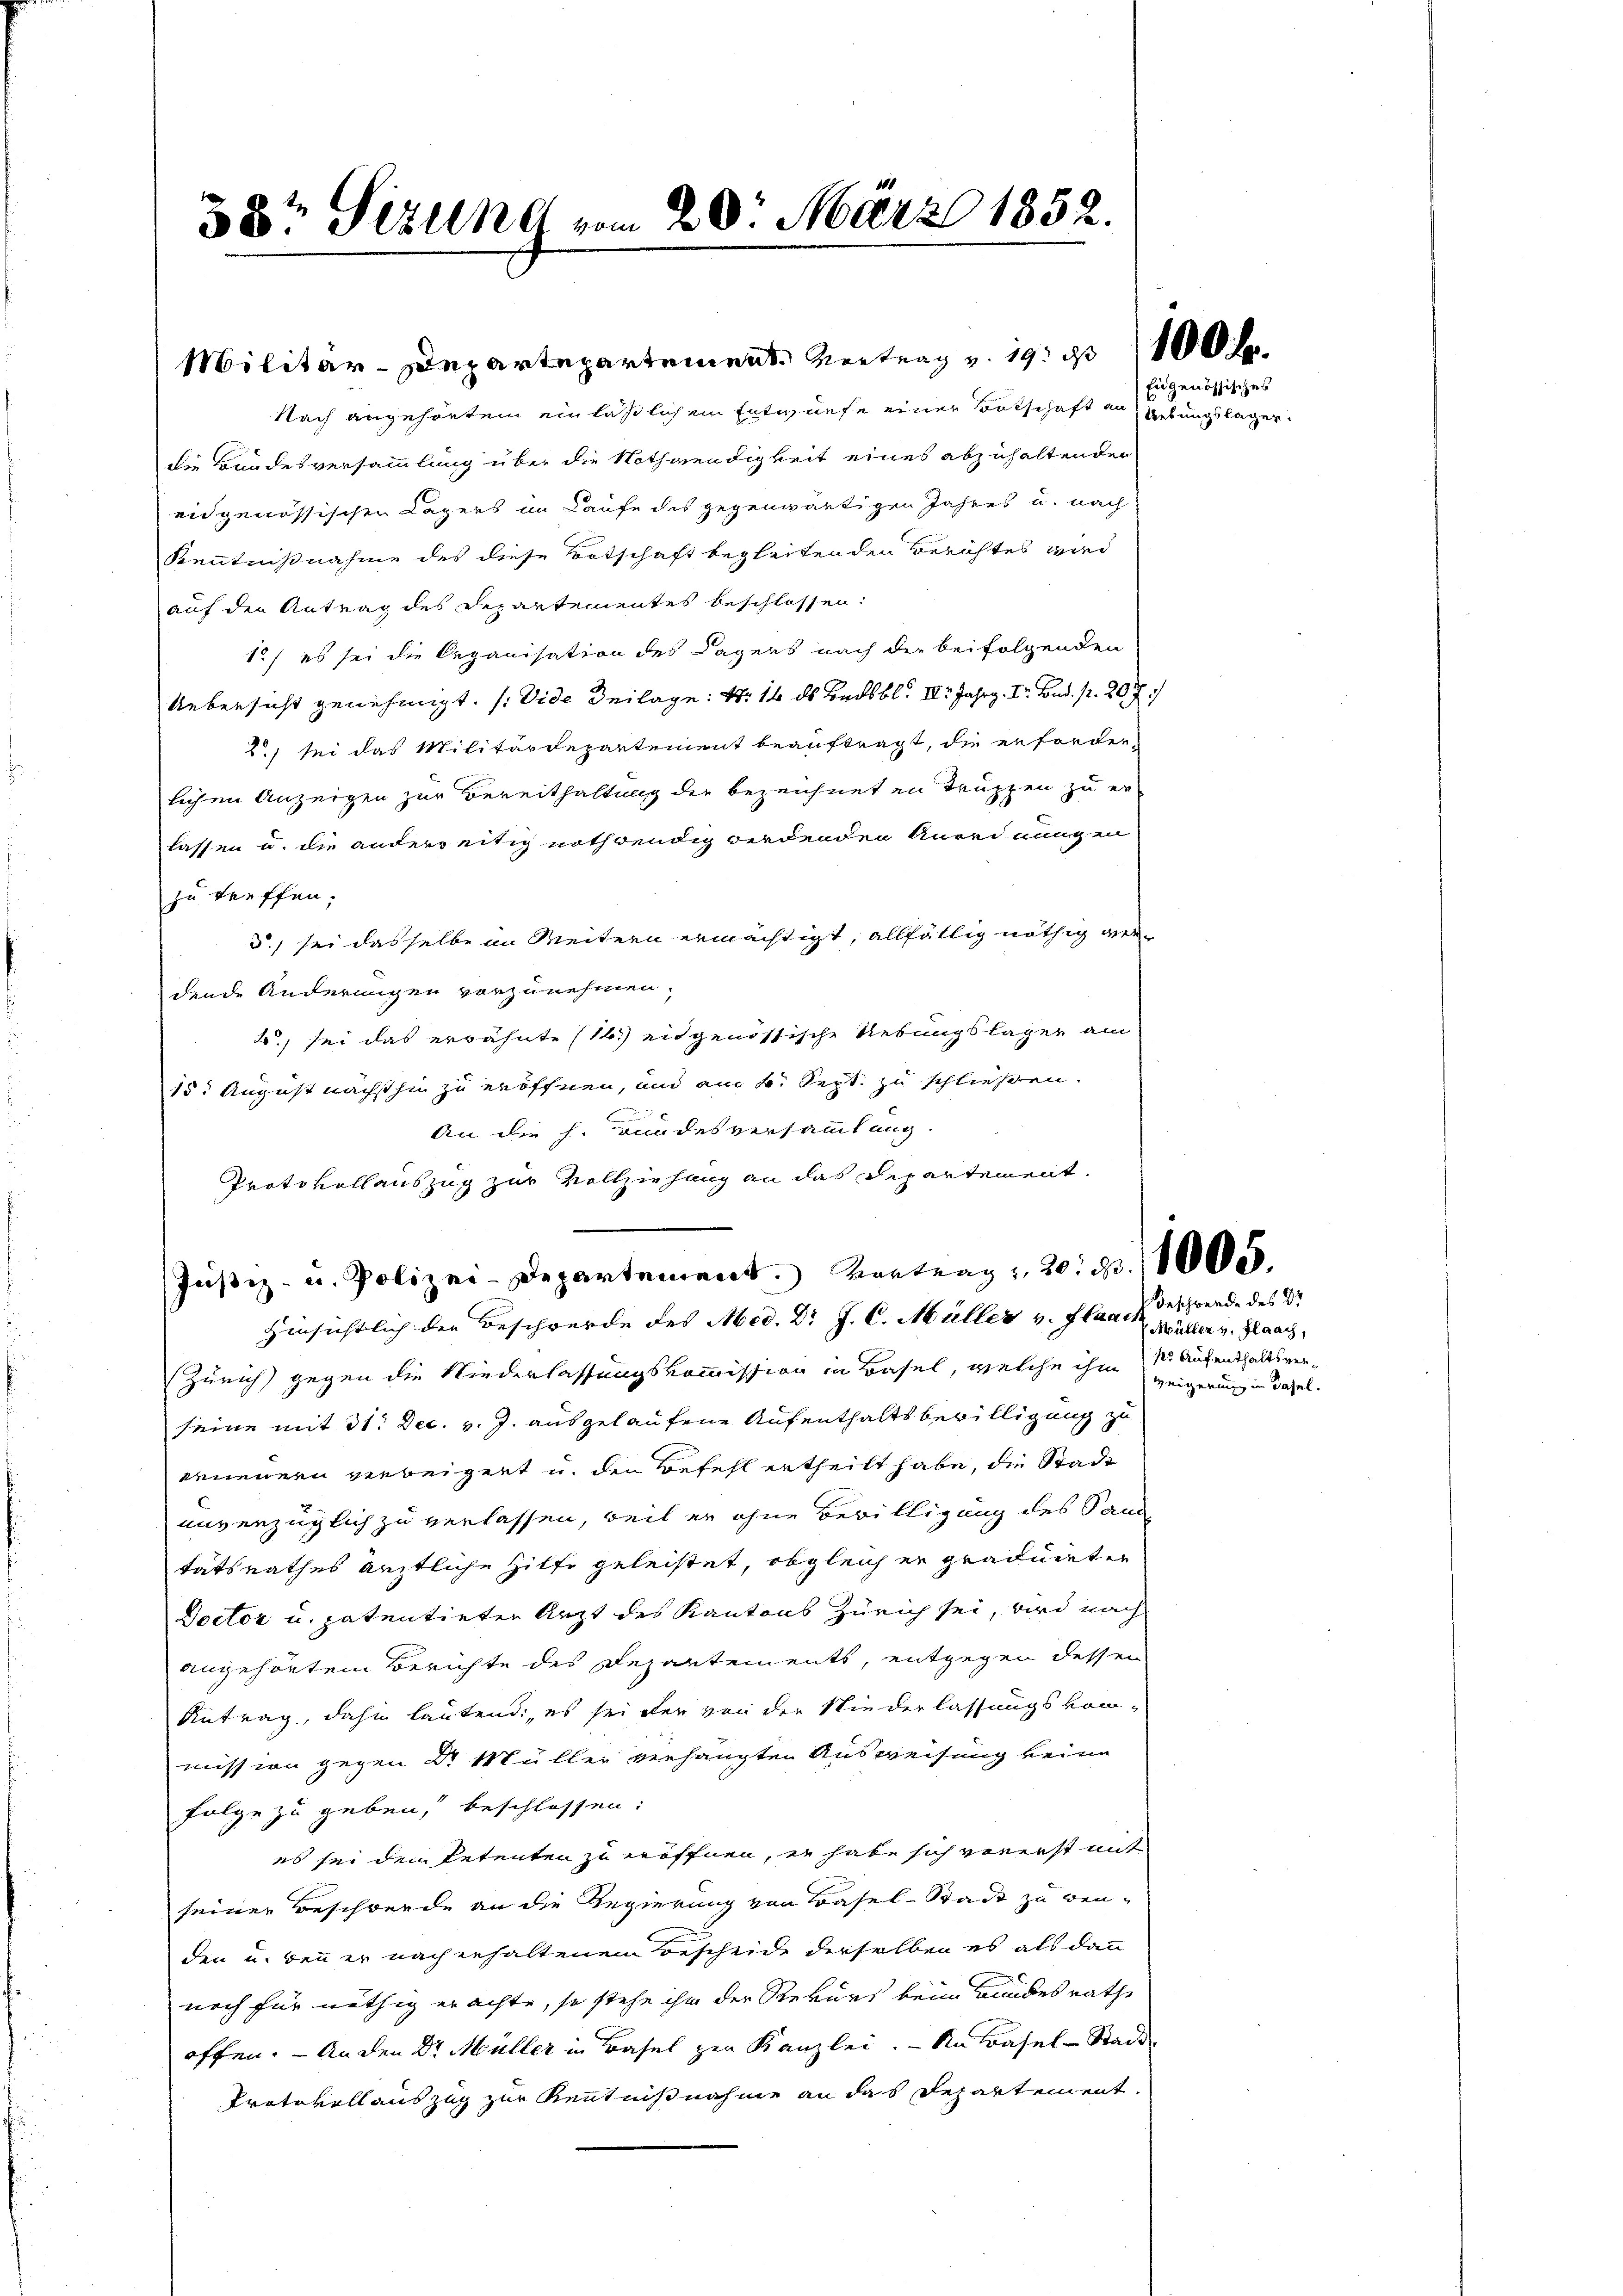
38t Sizung vom 20. März 1852.

Nach angehörtem ein läßlichem Entwurfe einer Botschaft an genössisches
die Bundesversammlung über die Nothwendigkeit eines abzuhaltenden
eidgenössischen Lagers im Kaufe des gegenwärtigen Jahres u. nach
Kenntnißnahme des diese Botschaft begleitenden Berichtes wird
auf den Antrag des Departementes beschlossen:
1) es sei die Organisation des Lagers nach der beifolgenden
Uebersicht genehmigt. (Vide Beilage: N. 16 ds Badbl. II Jahrg. Dr. Bad. p. 207.
2) sei das Militärdepartement beauftragt, die erforder-
lichen Anzeigen zur Bereithaltung der bezeichneten Truppen zu er-
lassen u. die anderseitig nothwendig werdenden Anordnung in
zu treffen.
5. sei dasselbe im Weitern ermächtigt, allfällig nöthig verdende Änderungen vorzunehmen.
2., sei das erwähnte (16.) eidgenössische Uebungslager am
15. August nächsthin zu eröffnen, und am 4. Sept. zu schließen.
An die h. Bundesversammlung
Protokollauszug zur Vollziehung an das Departement.
Zürich) gegen die Niederlassungskommission in Basel, welche ihm sr. Aufenthaltsver-
seine mit 31. Dec. v. J. ausgelaufene Aufenthaltsbewilligung zu
erneuern verbeigert u. den Befehl ertheilt habe, die Stade
unverzüglich zu verlassen, weil er ohne Bewilligung des Paus
tätsrathes ärztliche Hilfe geleistet, obgleich er graduirten
Doctor u. patentirter Arzt des Kantons Zürich sei, wird nach
angehörtem Berichte des Departements, entgegen dessen
Antrag, dahin lautend, es sei der von der Niederlassungskom-
mission gegen Dr. Müller verhängten Ausweisung keine
Folge zu geben, beschlossen:
es sei dem Petenten zu eröffnen, er habe sich vererst mit
seiner Beschwerde an die Regierung von Basel-Stadt zu wenden u. wenn er nach erhaltenem Bescheide derselben es als dann
noch für nöthig erachte, so stehe ihm der Rekurs beim Bundesrathe
offen. — An den Dr. Müller in Basel zur Kanzlei. - An Basel-Stadt
Protokoll auszug zur Kenntnißnahme an das Departement.

Militär-Departepartement. Vortrag v. 19. d. 100 f

Jŭstiz- u. Polizei-Departement. Vortrag: 20. d. 1000.
Hinsichtlich der Beschwerde des Med. Dr J. C. Müller v. Flaach, Müller v. Flaach,

Uebungslager.

Beschwerde des Dr
Weigerung in Basel.